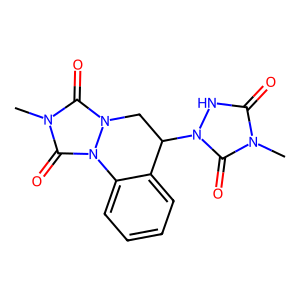
SMILES: Cn1c(=O)[nH]n(C2Cn3c(=O)n(C)c(=O)n3-c3ccccc32)c1=O
Inhibits HIV replication: No